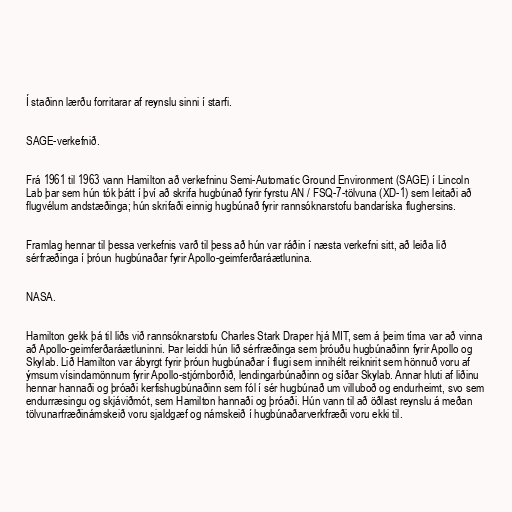
Í staðinn lærðu forritarar af reynslu sinni í starfi.

SAGE-verkefnið.

Frá 1961 til 1963 vann Hamilton að verkefninu Semi-Automatic Ground Environment (SAGE) í Lincoln
Lab þar sem hún tók þátt í því að skrifa hugbúnað fyrir fyrstu AN / FSQ-7-tölvuna (XD-1) sem leitaði að
flugvélum andstæðinga; hún skrifaði einnig hugbúnað fyrir rannsóknarstofu bandaríska flughersins.

Framlag hennar til þessa verkefnis varð til þess að hún var ráðin í næsta verkefni sitt, að leiða lið
sérfræðinga í þróun hugbúnaðar fyrir Apollo-geimferðaráætlunina.

NASA.

Hamilton gekk þá til liðs við rannsóknarstofu Charles Stark Draper hjá MIT, sem á þeim tíma var að vinna
að Apollo-geimferðaráætluninni. Þar leiddi hún lið sérfræðinga sem þróuðu hugbúnaðinn fyrir Apollo og
Skylab. Lið Hamilton var ábyrgt fyrir þróun hugbúnaðar í flugi sem innihélt reiknirit sem hönnuð voru af
ýmsum vísindamönnum fyrir Apollo-stjórnborðið, lendingarbúnaðinn og síðar Skylab. Annar hluti af liðinu
hennar hannaði og þróaði kerfishugbúnaðinn sem fól í sér hugbúnað um villuboð og endurheimt, svo sem
endurræsingu og skjáviðmót, sem Hamilton hannaði og þróaði. Hún vann til að öðlast reynslu á meðan
tölvunarfræðinámskeið voru sjaldgæf og námskeið í hugbúnaðarverkfræði voru ekki til.